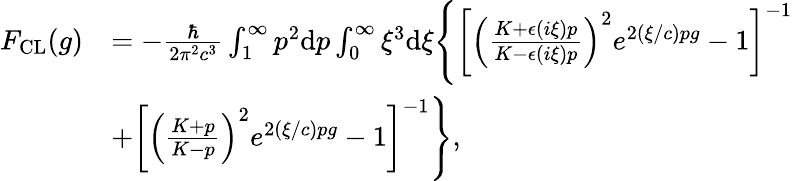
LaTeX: \begin{array}{rl}{F_{\mathrm{CL}}(g)}&{=-\frac{\hbar}{2\pi^{2}c^{3}}\int_{1}^{\infty}p^{2}\mathrm{d}p\int_{0}^{\infty}\xi^{3}\mathrm{d}\xi\Bigg\{ \left[\left(\frac{K+\epsilon\left(i\xi\right)p}{K-\epsilon\left(i\xi\right)p}\right)^{2}e^{2(\xi/c)pg}-1\right]^{-1}}\\ &{+\left[\left(\frac{K+p}{K-p}\right)^{2}e^{2(\xi/c)pg}-1\right]^{-1}\Bigg\} ,}\end{array}